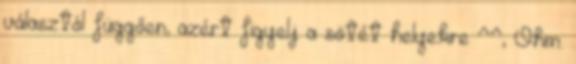
választól függően, azért figyelj a sötét helyekre ^^, Öhm.